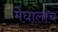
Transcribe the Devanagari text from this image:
मेघालाच